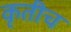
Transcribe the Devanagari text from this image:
कृतीच